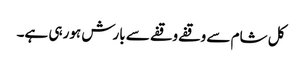
کل شام سے وقفے وقفے سے بارش ہورہی ہے۔